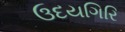
ઉદયગિરિ